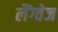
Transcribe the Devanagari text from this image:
लैंग्‍वेज